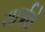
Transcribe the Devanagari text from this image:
सार्त्रचे